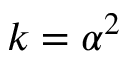
k = \alpha ^ { 2 }